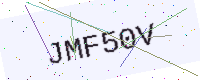
Text: JMF50V